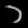
Digit: ၁